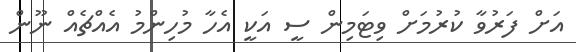
އަށް ފަރުވާ ކުރުމަށް ވިޓަމިން ސީ އަކީ އެހާ މުހިންމު އެއްޗެއް ނޫން